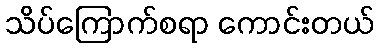
သိပ်ကြောက်စရာ ကောင်းတယ်